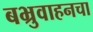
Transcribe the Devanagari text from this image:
बभ्रुवाहनचा